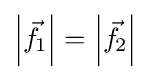
\left|{\vec {f}}\!_{1}\right|=\left|{\vec {f}}\!_{2}\right|